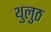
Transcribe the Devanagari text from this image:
थुलुठ